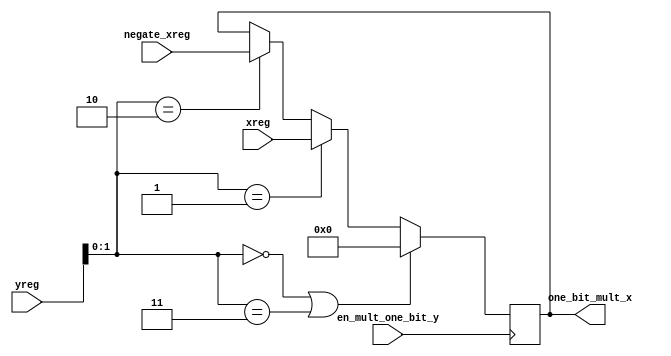
module x_status_setter(xreg,negate_xreg,yreg,en_mult_one_bit_y,one_bit_mult_x);
    input [11:0] xreg,negate_xreg;
    input [6:0 ] yreg;
    input en_mult_one_bit_y;
    output reg[11:0] one_bit_mult_x;
    always @(posedge en_mult_one_bit_y)begin
      if(yreg[1:0] == 2'b 00 || yreg[1:0] == 2'b 11)
        one_bit_mult_x = 12'b0;
        else if(yreg[1:0] == 2'b01)
            one_bit_mult_x = xreg;
        else if(yreg[1:0] == 2'b10)
            one_bit_mult_x = negate_xreg;
    end
endmodule